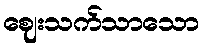
ဈေးသက်သာသော